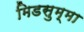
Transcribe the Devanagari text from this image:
मिडसुम्मा